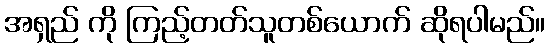
အရှည် ကို ကြည့်တတ်သူတစ်ယောက် ဆိုရပါမည်။